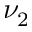
\nu _ { 2 }